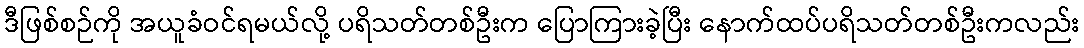
ဒီဖြစ်စဉ်ကို အယူခံဝင်ရမယ်လို့ ပရိသတ်တစ်ဦးက ပြောကြားခဲ့ပြီး နောက်ထပ်ပရိသတ်တစ်ဦးကလည်း